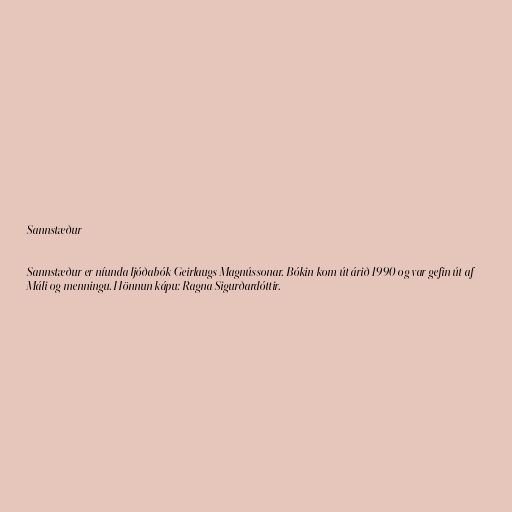
Sannstæður

Sannstæður er níunda ljóðabók Geirlaugs Magnússonar. Bókin kom út árið 1990 og var gefin út af
Máli og menningu. Hönnun kápu: Ragna Sigurðardóttir.